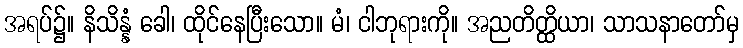
အရပ်၌။ နိသိန္နံ ခေါ၊ ထိုင်နေပြီးသော။ မံ၊ ငါဘုရားကို။ အညတိတ္ထိယာ၊ သာသနာတော်မှ